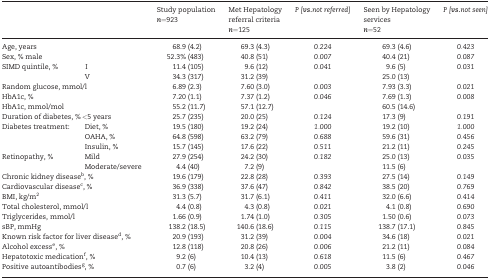
<table><thead><tr><td colspan="2"></td><td><b>Study population <i>n</i>=923</b></td><td><b>Met Hepatology referral criteria <i>n</i>=125</b></td><td><b><i>P [</i><i>vs</i>.<i>not referred]</i></b></td><td><b>Seen by Hepatology services <i>n</i>=52</b></td><td><b><i>P [</i><i>vs.</i><i>not seen]</i></b></td></tr></thead><tbody><tr><td colspan="2">Age, years</td><td>68.9 (4.2)</td><td>69.3 (4.3)</td><td><i>0.224</i></td><td>69.3 (4.6)</td><td><i>0.423</i></td></tr><tr><td colspan="2">Sex, % male</td><td>52.3% (483)</td><td>40.8 (51)</td><td><i>0.007</i></td><td>40.4 (21)</td><td><i>0.087</i></td></tr><tr><td>SIMD quintile, %</td><td>I</td><td>11.4 (105)</td><td>9.6 (12)</td><td rowspan="2"><i>0.041</i></td><td>9.6 (5)</td><td rowspan="2"><i>0.031</i></td></tr><tr><td></td><td>V</td><td>34.3 (317)</td><td>31.2 (39)</td><td>25.0 (13)</td></tr><tr><td colspan="2">Random glucose, mmol/l</td><td>6.89 (2.3)</td><td>7.60 (3.0)</td><td><i>0.003</i></td><td>7.93 (3.3)</td><td><i>0.021</i></td></tr><tr><td colspan="2">HbA1c, %</td><td>7.20 (1.1)</td><td>7.37 (1.2)</td><td rowspan="2"><i>0.046</i></td><td>7.69 (1.3)</td><td rowspan="2"><i>0.008</i></td></tr><tr><td colspan="2">HbA1c, mmol/mol</td><td>55.2 (11.7)</td><td>57.1 (12.7)</td><td>60.5 (14.6)</td></tr><tr><td colspan="2">Duration of diabetes, % &lt;5 years</td><td>25.7 (235)</td><td>20.0 (25)</td><td><i>0.124</i></td><td>17.3 (9)</td><td><i>0.191</i></td></tr><tr><td>Diabetes treatment:</td><td>Diet, %</td><td>19.5 (180)</td><td>19.2 (24)</td><td><i>1.000</i></td><td>19.2 (10)</td><td><i>1.000</i></td></tr><tr><td></td><td>OAHA, %</td><td>64.8 (598)</td><td>63.2 (79)</td><td><i>0.688</i></td><td>59.6 (31)</td><td><i>0.456</i></td></tr><tr><td></td><td>Insulin, %</td><td>15.7 (145)</td><td>17.6 (22)</td><td><i>0.511</i></td><td>21.2 (11)</td><td><i>0.245</i></td></tr><tr><td rowspan="2">Retinopathy, %</td><td>Mild</td><td>27.9 (254)</td><td>24.2 (30)</td><td rowspan="2"><i>0.182</i></td><td>25.0 (13)</td><td rowspan="2"><i>0.035</i></td></tr><tr><td>Moderate/severe</td><td>4.4 (40)</td><td>7.2 (9)</td><td>11.5 (6)</td></tr><tr><td colspan="2">Chronic kidney disease<sup>b</sup>, %</td><td>19.6 (179)</td><td>22.8 (28)</td><td><i>0.393</i></td><td>27.5 (14)</td><td><i>0.149</i></td></tr><tr><td colspan="2">Cardiovascular disease<sup>c</sup>, %</td><td>36.9 (338)</td><td>37.6 (47)</td><td><i>0.842</i></td><td>38.5 (20)</td><td><i>0.769</i></td></tr><tr><td colspan="2">BMI, kg/m<sup>2</sup></td><td>31.3 (5.7)</td><td>31.7 (6.1)</td><td><i>0.411</i></td><td>32.0 (6.6)</td><td><i>0.414</i></td></tr><tr><td colspan="2">Total cholesterol, mmol/l</td><td>4.4 (0.8)</td><td>4.3 (0.8)</td><td><i>0.021</i></td><td>4.1 (0.8)</td><td><i>0.690</i></td></tr><tr><td colspan="2">Triglycerides, mmol/l</td><td>1.66 (0.9)</td><td>1.74 (1.0)</td><td><i>0.305</i></td><td>1.50 (0.6)</td><td><i>0.073</i></td></tr><tr><td colspan="2">sBP, mmHg</td><td>138.2 (18.5)</td><td>140.6 (18.6)</td><td><i>0.115</i></td><td>138.7 (17.1)</td><td><i>0.845</i></td></tr><tr><td colspan="2">Known risk factor for liver disease<sup>d</sup>, %</td><td>20.9 (193)</td><td>31.2 (39)</td><td><i>0.004</i></td><td>34.6 (18)</td><td><i>0.021</i></td></tr><tr><td colspan="2">Alcohol excess<sup>e</sup>, %</td><td>12.8 (118)</td><td>20.8 (26)</td><td><i>0.006</i></td><td>21.2 (11)</td><td><i>0.084</i></td></tr><tr><td colspan="2">Hepatotoxic medication<sup>f</sup>, %</td><td>9.2 (6)</td><td>10.4 (13)</td><td><i>0.618</i></td><td>11.5 (6)</td><td><i>0.467</i></td></tr><tr><td colspan="2">Positive autoantibodies<sup>g</sup>, %</td><td>0.7 (6)</td><td>3.2 (4)</td><td><i>0.005</i></td><td>3.8 (2)</td><td><i>0.046</i></td></tr></tbody></table>